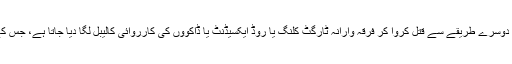
اسی طرح بعض مقامات پر سیاسی مخالفین کو مخفیانہ طور پر یا پھر کسی بھی دوسرے طریقے سے قتل کروا کر فرقہ وارانہ ٹارگٹ کلنگ یا روڈ ایکسیڈنٹ یا ڈاکووں کی کارروائی کالیبل لگا دیا جاتا ہے، جس کے بعد پولیس اور فوج نیز سیکورٹی اداروں کی غفلت کا رونا بھی رویا جاتاہے۔